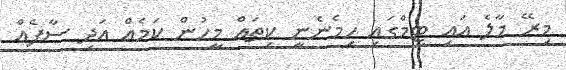
މިރޭ މާލެ އައި ޓީމްގައި ހިމެނެނީ ކިތައް މީހުން ކަމެއް އަދި ސާފެއް